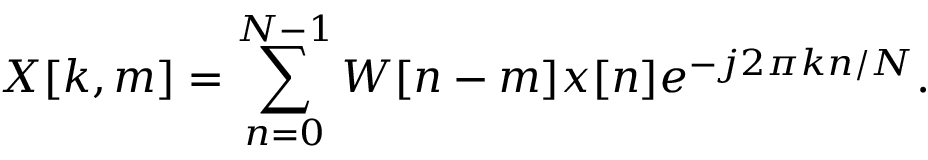
X [ k , m ] = \sum _ { n = 0 } ^ { N - 1 } W [ n - m ] x [ n ] e ^ { - j 2 \pi k n / N } .